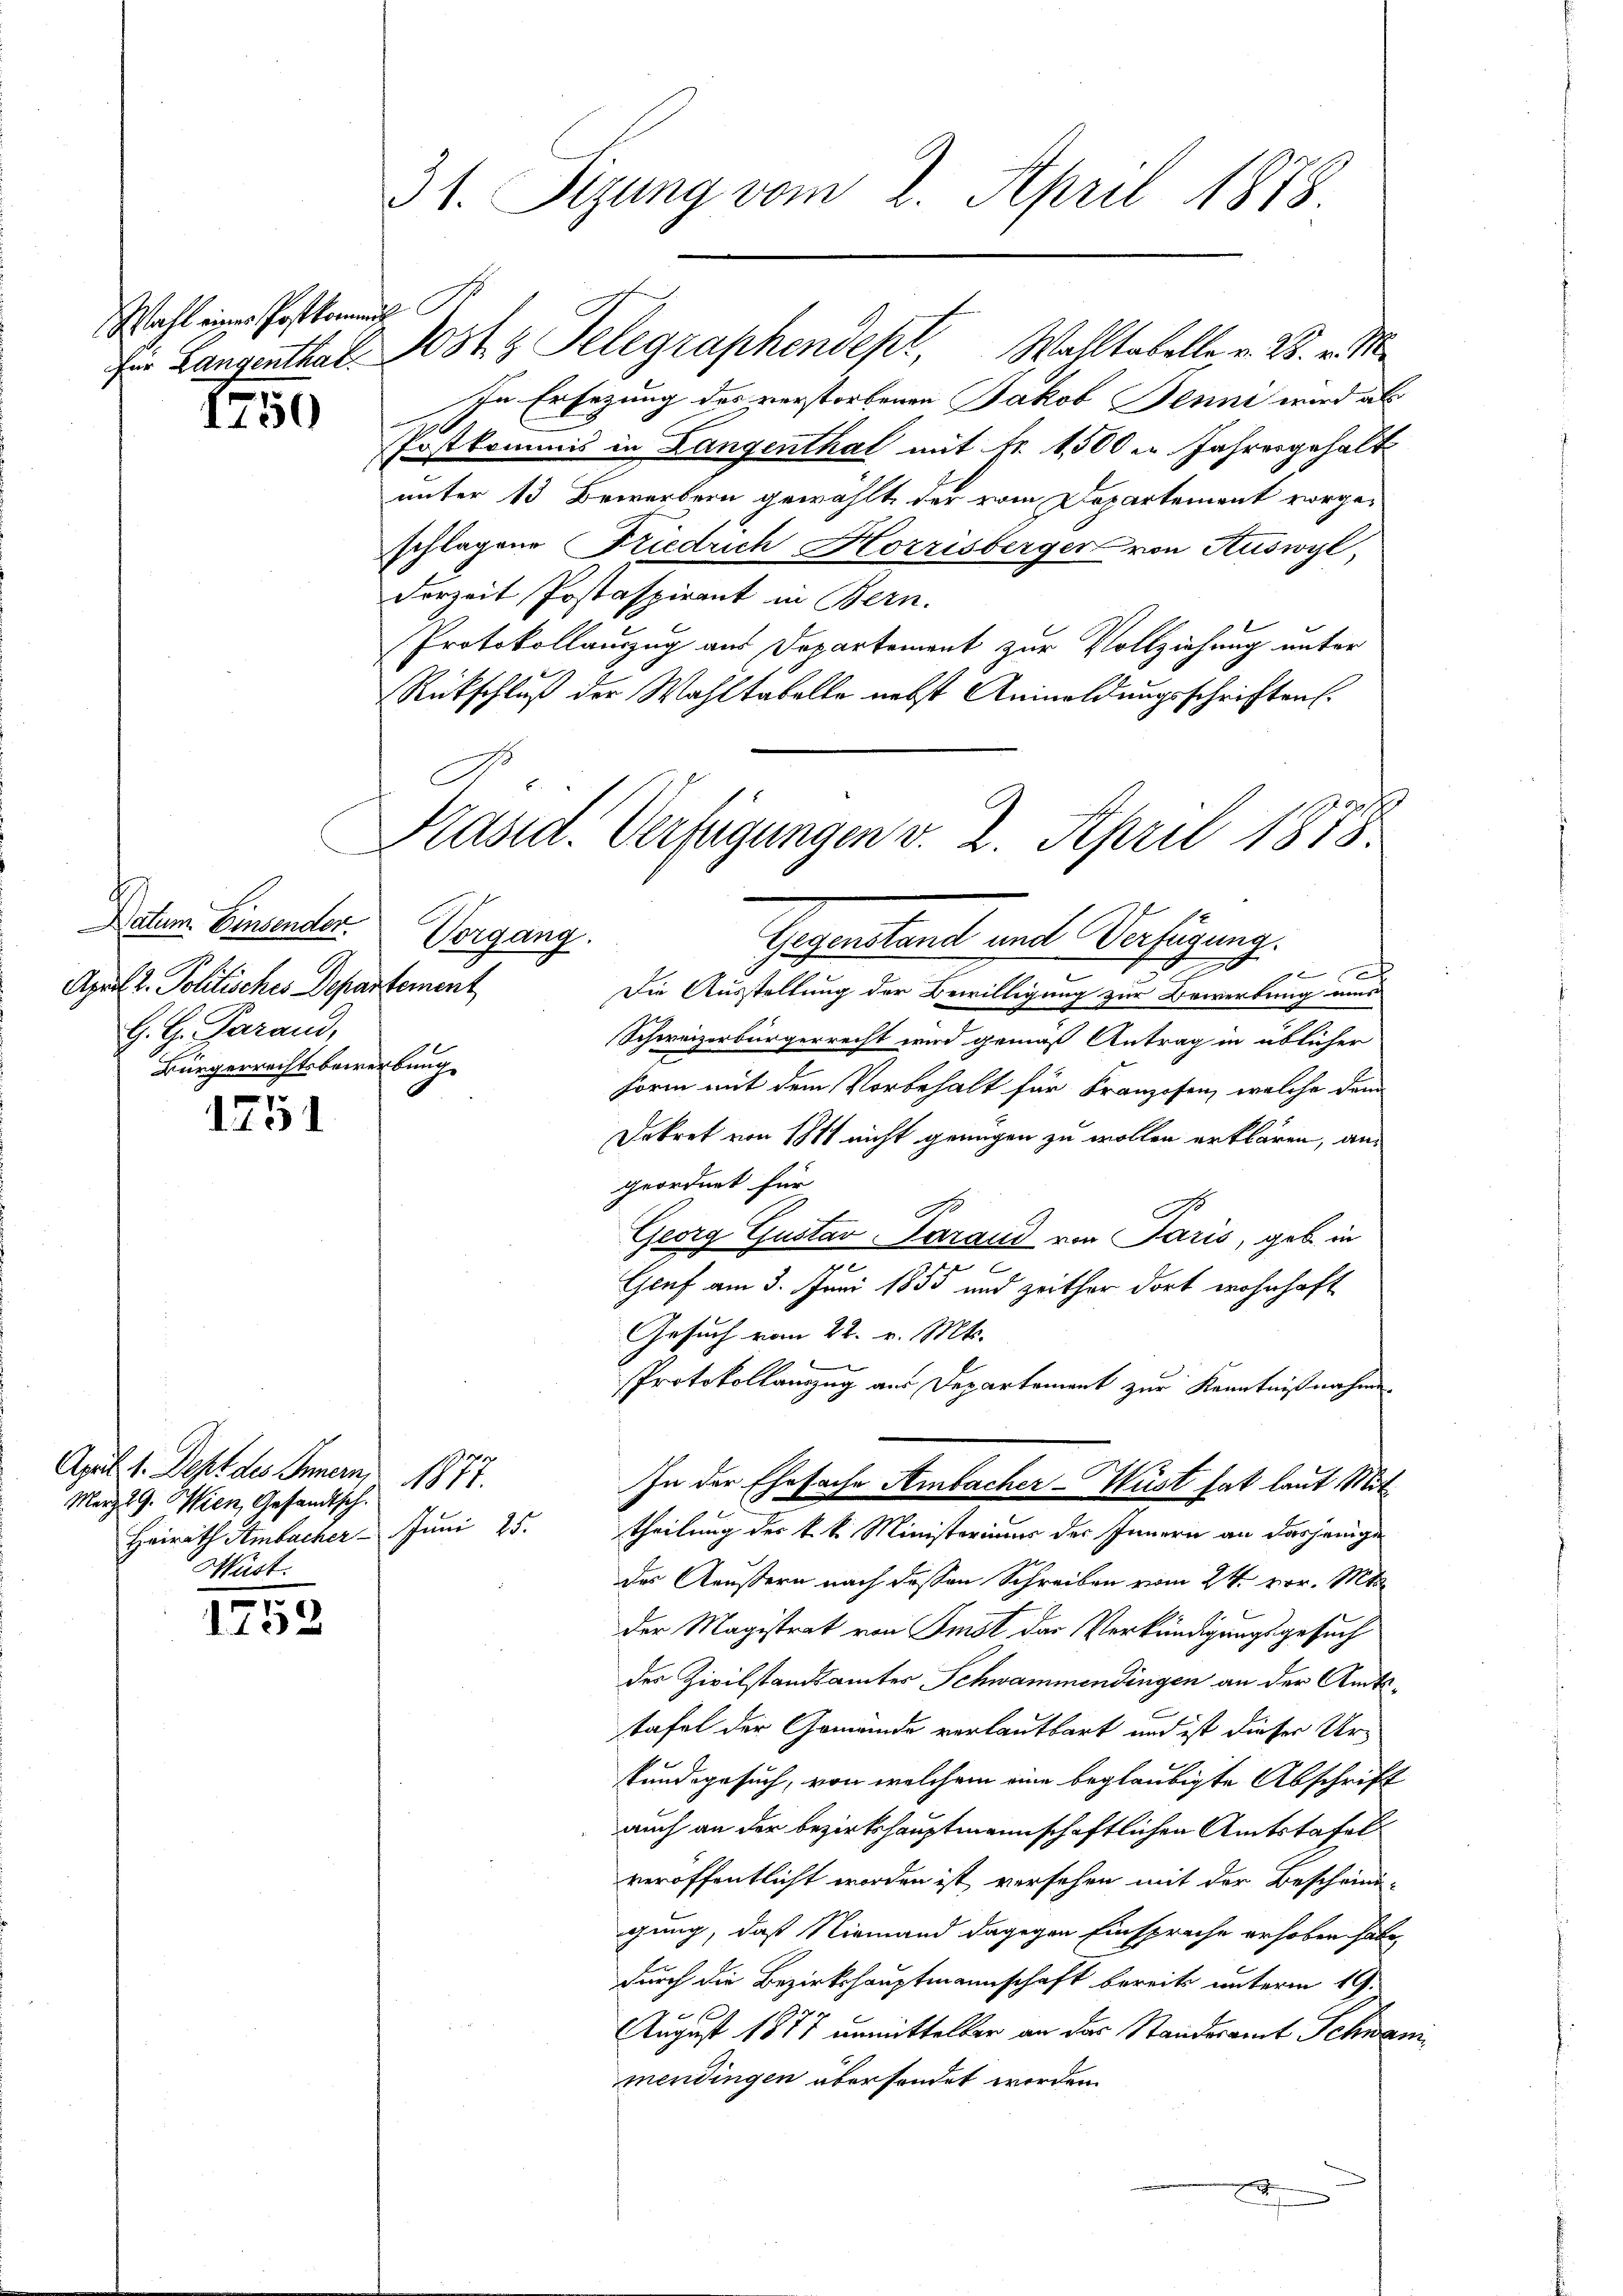
Wahl einer Postkommend
für Langenthal

1750

Datum. Einsender.
April d. Politisches Departement
G. H. Parand,
Bürgerrechtsbewerbung

1751

1753

31. Sizung vom 2. April 1878.

April 1. Dept des Innern,
Merz 29. Wien, Gesandtsch.
Heirath Ambacher Juni 25.
Hüst.

Präsid. Verfügungen v. 2. April 1878
Vorgang.
Gegenstant mit Verfügung.

In Ersezung des verstorbenen Jakob Jenne wird als
Postkommis in Langenthal mit Fr. 1500 m Jahresgehalt
unter 13 Bewerbern gewählt der vom Departement vorgeschlagene Friedrich Horrisberger von Auswyl,
derzeit Postaspirant in Bern.
Protokollauszug aus Departement zur Vollziehung unter
Rückschluß der Wahltabelle nebst Anmeldungsschriften.
2
x
h
Die Ausstellung der Bewilligung zur Bewerbung aus
Schweizerbürgerrecht wird gemäß Antrag in üblicher
Form mit dem Vorbehalt für Kranzosen, welche dem
Dekret von 1811 nicht genügen zu wollen erklären, angeordnet für
No
Georg Gustav Sarand von Paris, geb. in
.
x
Genf am 3. Juni 1855 und zeither dort wohnhaft
Gesuch vom 22. v. Mts.
v
Protokollauszug aus Departement zur Kenntnißnahme.
1877.
In der Ehesache Ambacher-Wüst hat laut Mittheilung des k. k. Ministeriums des Innern an dasjenige
des Aeußern nach dessen Schreiben vom 24. vor. Mts.
der Magistrat von Imst das Verkündigungsgesuch
der Zivilstandsamtes Schwammendingen an der Amtstafel der Gemeinde vorlautbart und ist dieser Urkundgesuch, von welchem eine beglaubigte Abschrift
auch an der bezirkshauptmannschaftlichen Amtstafel
veröffentlicht worden ist, versehen mit der Bescheini-
gung, daß Niemand dagegen Einsprache erhoben habe,
durch die Bezirkshauptmannschaft bereits unterm 19.
August 1877 unmittelbar an das Standesamt Schwanmendingen übersendet worden.

Jost z. Telegraphendepl, Walltabelle v. 25. v. M.